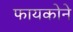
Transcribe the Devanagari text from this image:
फायकोने